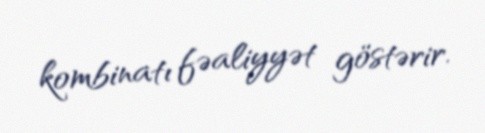
kombinatı fəaliyyət göstərir.